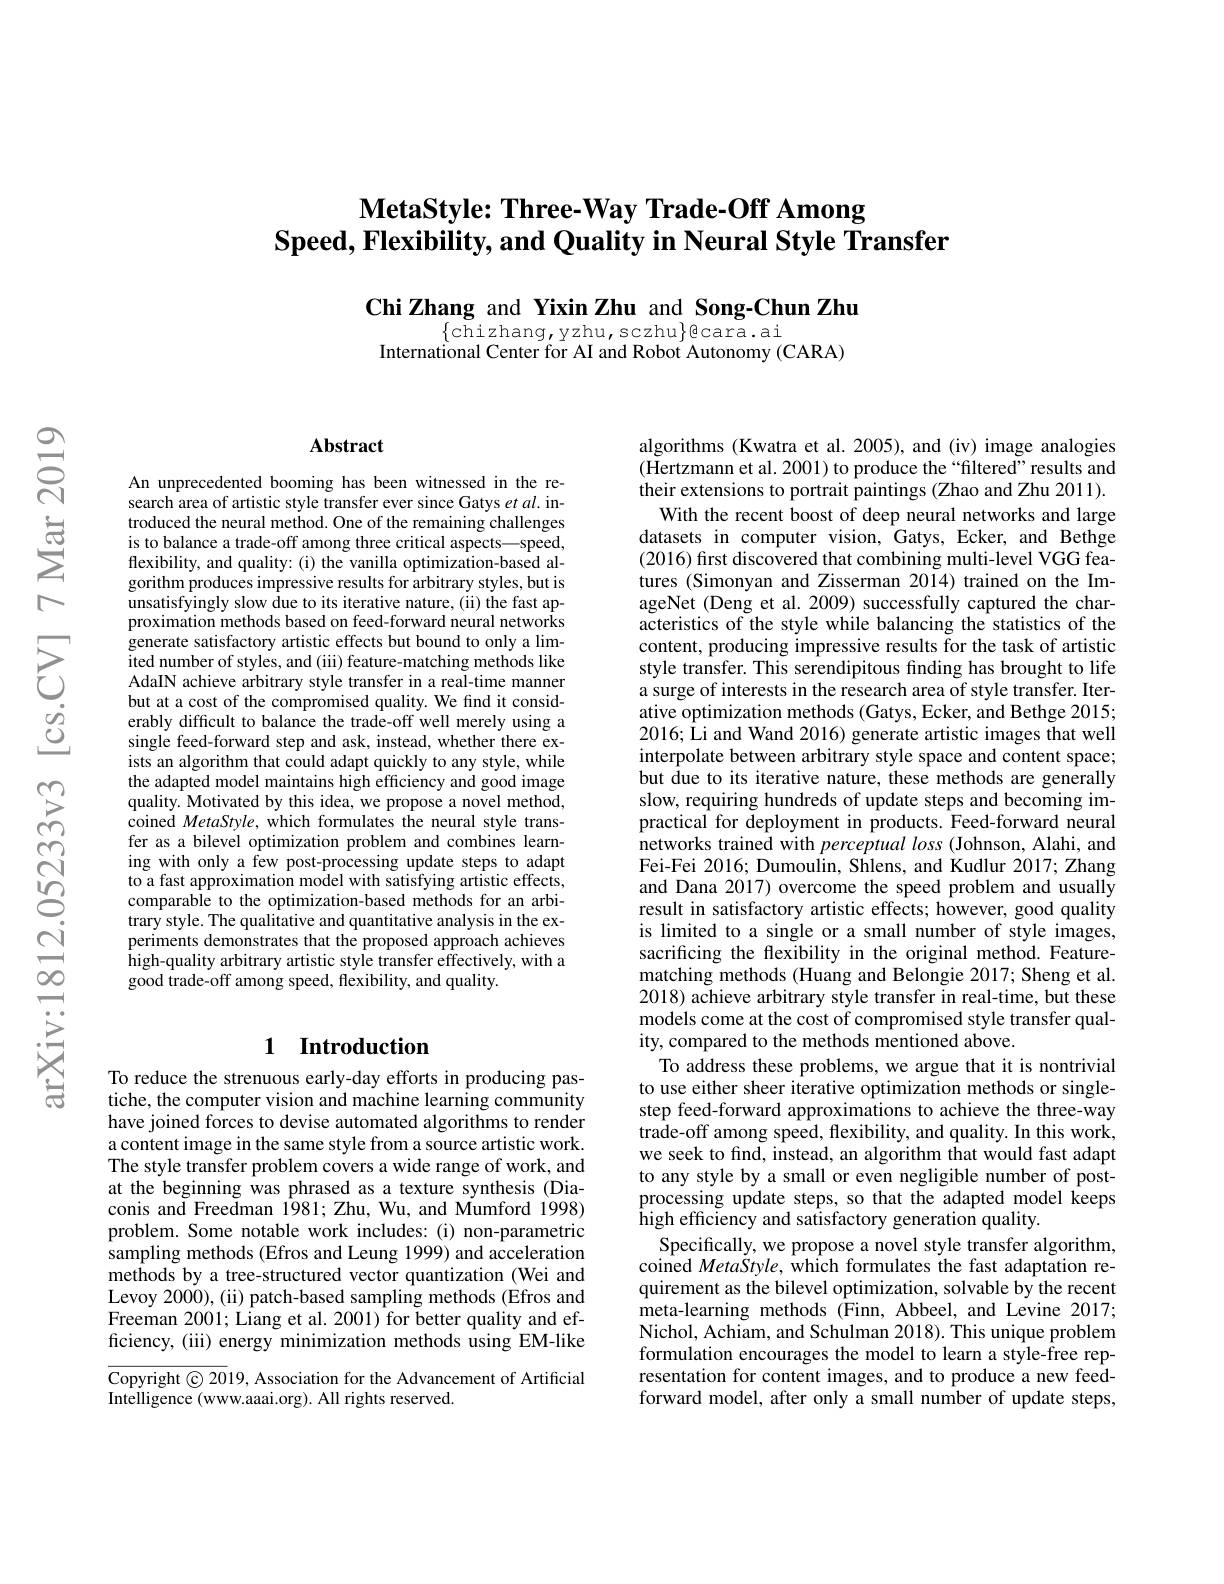
# $\textbf{MetaStyle: Three- Way Trade- Off Among}$ $\textbf{Speed, Flexibility, and Quality in Neural Style Transfer}$

Chi Zhang and Yixin Zhu and Song-Chun Zhu

$\{\bar{\text{chizhang,yzhu,sczhu}}\}$cara.ai
International Center for AI and Robot Autonomy (CARA)

### $\mathbf{Abstract}$

An unprecedented booming has been witnessed in the research area of artistic style transfer ever since Gatys et al. introduced the neural method. One of the remaining challenges is to balance a trade-off among three critical aspects—speed, flexibility, and quality: (i) the vanilla optimization-based algorithm produces impressive results for arbitrary styles, but is unsatisfyingly slow due to its iterative nature, (ii) the fast approximation methods based on feed-forward neural networks generate satisfactory artistic effects but bound to only a lim- $\bar{\text{ited number of styles, and (iii) feature-matching methods like}}$ AdaIN achieve arbitrary style transfer in a real-time manner but at a cost of the compromised quality. We find it considerably difficult to balance the trade-off well merely using a single feed-forward step and ask, instead, whether there exists an algorithm that could adapt quickly to any style, while the adapted model maintains high efficiency and good image quality. Motivated by this idea, we propose a novel method, coined MetaStyle, which formulates the neural style transfer as a bilevel optimization problem and combines learning with only a few post-processing update steps to adapt to a fast approximation model with satisfying artistic effects, comparable to the optimization-based methods for an arbitrary style. The qualitative and quantitative analysis in the experiments demonstrates that the proposed approach achieves high-quality arbitrary artistic style transfer effectively, with a good trade-off among speed, flexibility, and quality.

### 1 Introduction

To reduce the strenuous early-day efforts in producing pastiche, the computer vision and machine learning community have joined forces to devise automated algorithms to render a content image in the same style from a source artistic work. The style transfer problem covers a wide range of work, and at the beginning was phrased as a texture synthesis (Diaconis and Freedman $\hat{19}81;$ Zhu, Wu, and Mumford 1998) problem. Some notable work includes:(i) non-parametric sampling methods (Efros and Leung 1999) and acceleration methods by a tree-structured vector quantization (Wei and Levoy 2000), (ii) patch-based sampling methods (Efros and Freeman 2001; Liang et al. 2001) for better quality and efficiency, (iii) energy minimization methods using EM-like

$\overline{\mathrm{Copyright©20}}$19, Association for the Advancement of Artificial
Intelligence (www.aaai.org). All rights reserved.

algorithms (Kwatra et al. 2005), and (iv) image analogies (Hertzmann et al. 2001) to produce the“filtered”results and their extensions to portrait paintings (Zhao and Zhu 2011).
With the recent boost of deep neural networks and large datasets in computer vision, Gatys, Ecker, and Bethge (2016) first discovered that combining multi-level VGG features (Simonyan and Zisserman 2014) trained on the ImageNet (Deng et al. 2009) successfully captured the characteristics of the style while balancing the statistics of the content, producing impressive results for the task of artistic style transfer. This serendipitous finding has brought to life a surge of interests in the research area of style transfer. Iterative optimization methods (Gatys, Ecker, and Bethge 2015; 2016; Li and Wand 2016) generate artistic images that well interpolate between arbitrary style space and content space; but due to its iterative nature, these methods are generally slow, requiring hundreds of update steps and becoming impractical for deployment in products. Feed-forward neural networks trained with perceptual loss (Johnson, Alahi, and Fei-Fei 2016; Dumoulin, Shlens, and Kudlur 2017; Zhang and Dana 2017) overcome the speed problem and usually result in satisfactory artistic effects; however, good quality is limited to a single or a small number of style images, sacrificing the flexibility in the original method. Featurematching methods (Huang and Belongie 2017; Sheng et al. 2018) achieve arbitrary style transfer in real-time, but these models come at the cost of compromised style transfer quality, compared to the methods mentioned above.
To address these problems, we argue that it is nontrivial to use either sheer iterative optimization methods or singlestep feed-forward approximations to achieve the three-way trade-off among speed, flexibility, and quality. In this work, we seek to find, instead, an algorithm that would fast adapt to any style by a small or even negligible number of postprocessing update steps, so that the adapted model keeps $\bar{\text{high efficiency and satisfactory generation quality.}}$
Specifically, we propose a novel style transfer algorithm, $\hat{\mathrm{coined~}} \textit{Meta\v {S}tyle, wh\^ {ı }chformulates thefast adaptation re- }$ quirement as the bilevel optimization, solvable by the recent $\hat{\text{meta-learning methods (Finn, Abbeel, and Levine 2017;}}$ Nichol, Achiam, and Schulman 2018). This unique problem formulation encourages the model to learn a style-free representation for content images, and to produce a new feedforward model, after only a small number of update steps,